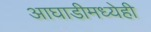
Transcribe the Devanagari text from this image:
आघाडीमध्येही